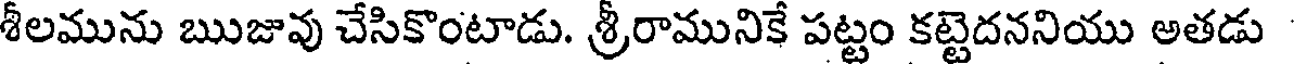
శీలమును ఋజువు చేసికొంటాడు. శ్రీరామునికే పట్టం కట్టెదననియు అతడు